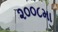
૨૦૦૮મા